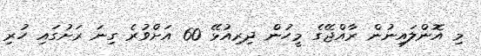
މި އޮންލައިނުން ރާއްޖޭގެ މީހުން ދިރިއުޅޭ 60 އަށްވުރެ ގިނަ ރަށުގައި ހުރި